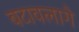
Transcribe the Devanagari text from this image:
बटावलागे